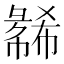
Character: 𫹇